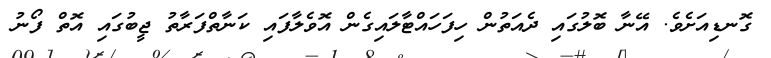
ގޮނޑިއަށެވެ. އޭނާ ބޮލުގައި ދެއަތުން ހިފަހައްޓާލައިގެން އޮވެލާފައި ކަނާތްފަރާތު ޖީބުގައި އޮތް ފޯނު